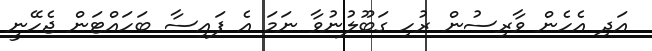
އަދި އެހެން ވާރިސުން ރުހި ގަބޫލުނުވާ ނަމަ އެ ފައިސާ ބަހައްޓަން ޖެހޭނީ